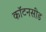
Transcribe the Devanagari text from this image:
कॉटनसीड